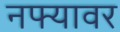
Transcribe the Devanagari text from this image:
नफ्यावर